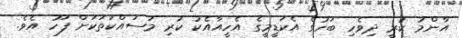
އާންމު ކުރީ ދިވެހި ބަހުގެ އެކަޑީމީގެ އެހީއާއެކު ކުރި މަސައްކަތަކަށް ފަހު އެވެ.